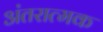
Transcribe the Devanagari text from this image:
अंतरात्मक